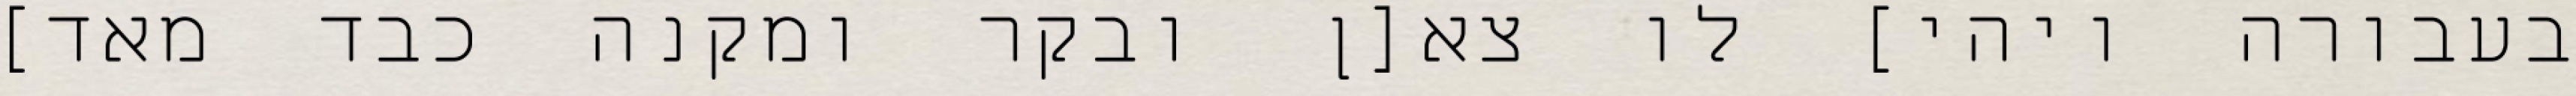
בעבורה ויהי] לו צא[ן ובקר ומקנה כבד מאד]